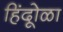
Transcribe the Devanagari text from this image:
हिंदूोळा